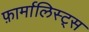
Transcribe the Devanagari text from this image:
फ़ार्मालिस्ट्स